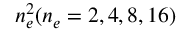
n _ { e } ^ { 2 } ( n _ { e } = 2 , 4 , 8 , 1 6 )